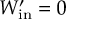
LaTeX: W _ { \mathrm { i n } } ^ { \prime } = 0